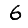
Digit: 6